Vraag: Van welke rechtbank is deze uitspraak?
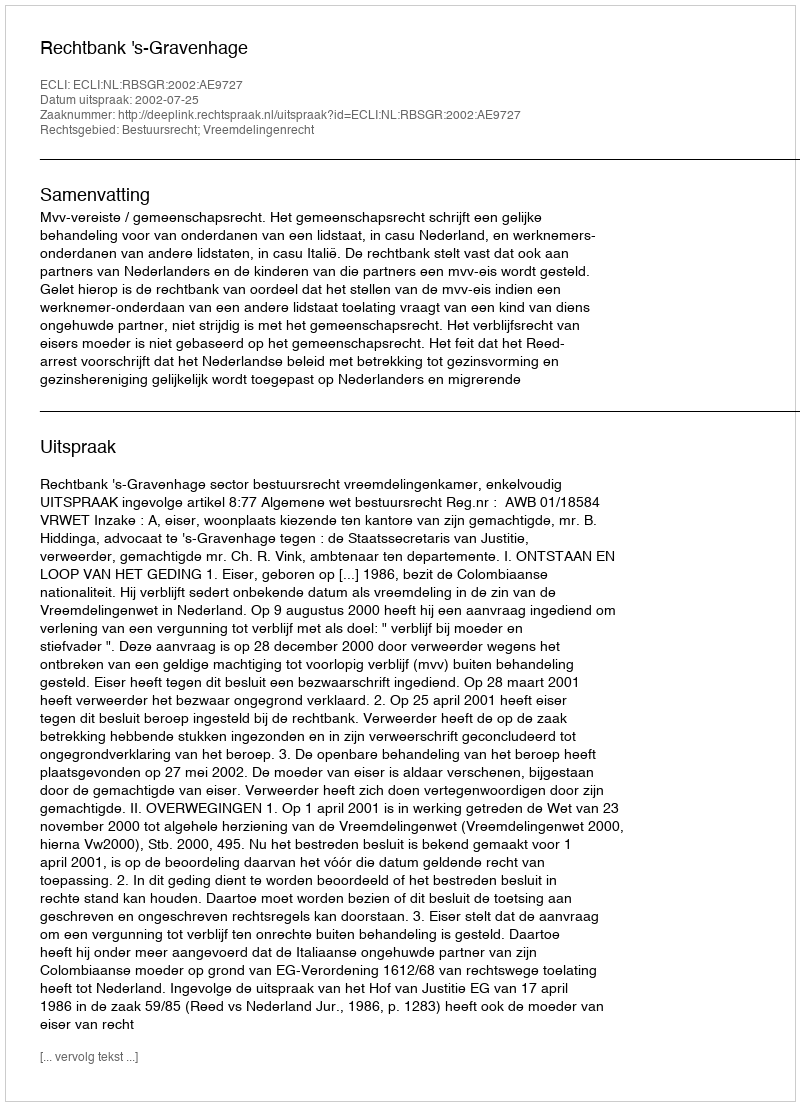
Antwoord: Rechtbank 's-Gravenhage